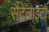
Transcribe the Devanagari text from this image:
सैटेलाइटों